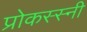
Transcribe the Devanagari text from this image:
प्रोकस्स्नी